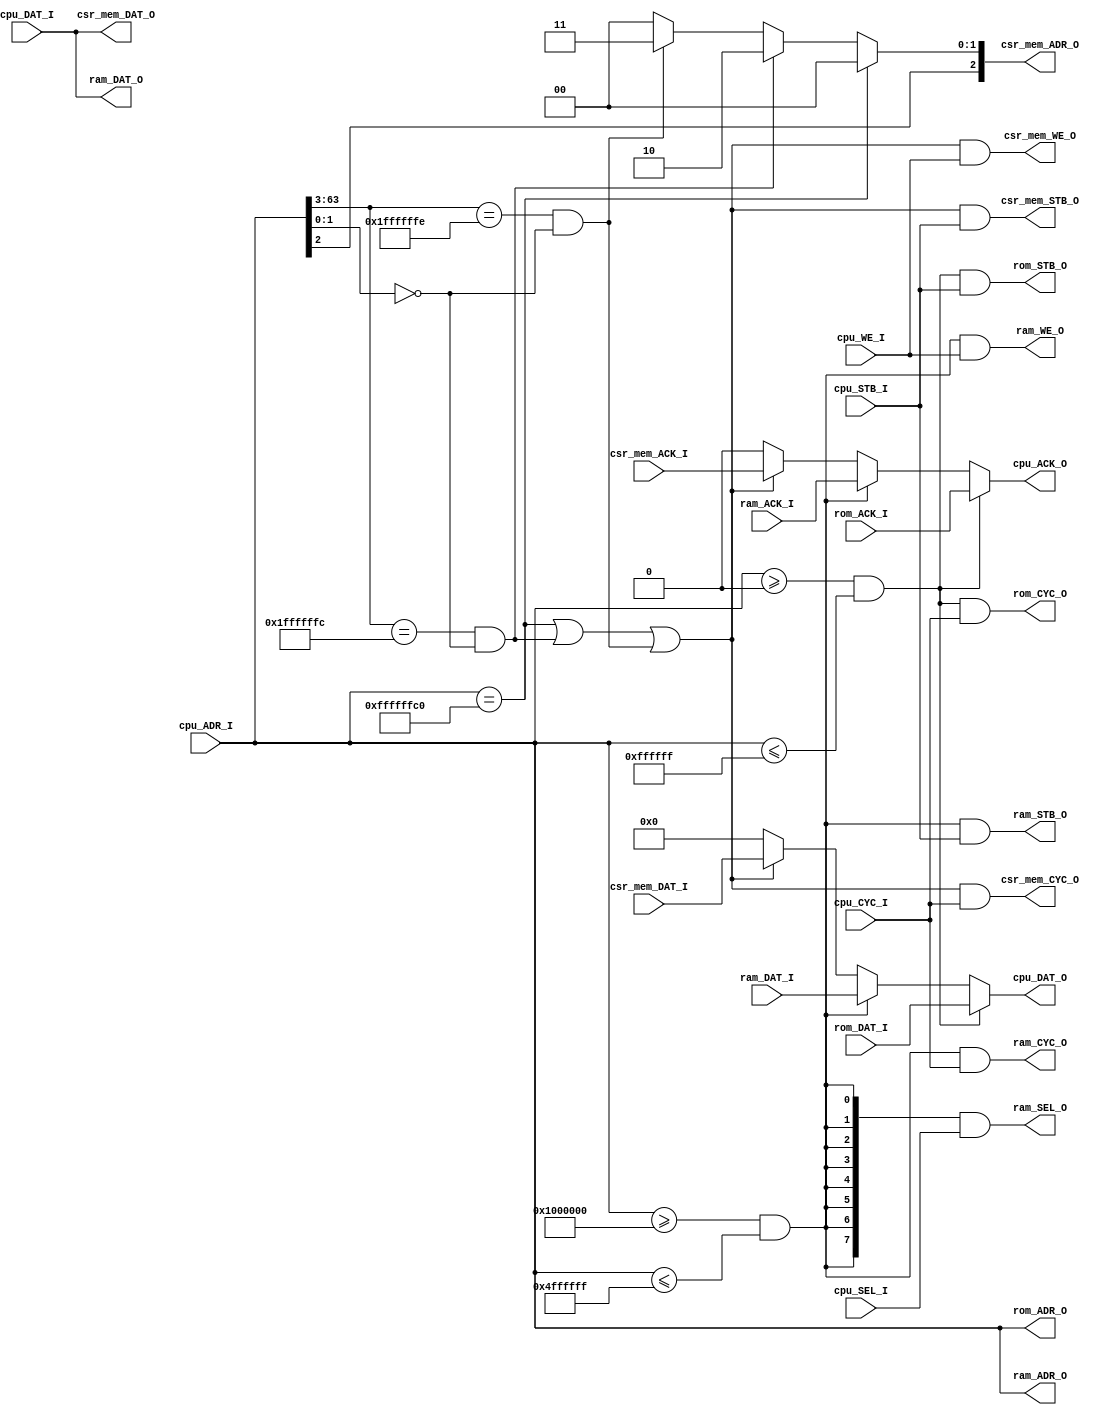
module memory_controller #(
    parameter integer BYTE_AMNT = 8,
    parameter [63:0] ROM_ADDR_INIT = 0,
    parameter [63:0] ROM_ADDR_END = 32'h00FFFFFF,
    parameter [63:0] RAM_ADDR_INIT = 32'h01000000,
    parameter [63:0] RAM_ADDR_END = 32'h04FFFFFF,
    parameter [63:0] UART_0_ADDR_INIT = 32'h10013000, // UART has fixed size
    parameter [63:0] MSIP_ADDR = 32'hFFFFFFC0,
    parameter [63:0] MTIME_ADDR = 32'hFFFFFFE0, // Alinhado em 8 bytes
    parameter [63:0] MTIMECMP_ADDR = 32'hFFFFFFF0  // Alinhado em 8 bytes
) (
    /* Interface com o cache de instruções */
    input  wire [8*BYTE_AMNT-1:0] rom_DAT_I,
    input  wire rom_ACK_I,
    output wire rom_CYC_O,
    output wire rom_STB_O,
    output wire [8*BYTE_AMNT-1:0] rom_ADR_O,
    /* //// */

    /* Interface com a memória RAM */
    input  wire [8*BYTE_AMNT-1:0] ram_DAT_I,
    input  wire ram_ACK_I,
    output wire [8*BYTE_AMNT-1:0] ram_ADR_O,
    output wire [8*BYTE_AMNT-1:0] ram_DAT_O,
    output wire ram_CYC_O,
    output wire ram_STB_O,
    output wire ram_WE_O,
    output wire [BYTE_AMNT-1:0] ram_SEL_O,
    /* //// */

    /* Registradores do CSR mapeados em memória */
    input  wire csr_mem_ACK_I,
    input  wire [8*BYTE_AMNT-1:0] csr_mem_DAT_I,
    output wire [8*BYTE_AMNT-1:0] csr_mem_DAT_O,
    output wire csr_mem_CYC_O,
    output wire csr_mem_STB_O,
    output wire csr_mem_WE_O,
    output wire [2:0] csr_mem_ADR_O,

    /* Interface com a UART */
`ifdef UART_0
    input  wire  [8*BYTE_AMNT-1:0] uart_0_DAT_I,
    input  wire  uart_0_ACK_I,
    output wire  uart_0_CYC_O,
    output wire  uart_0_STB_O,
    output wire  uart_0_WE_O,
    output wire  [4:0] uart_0_ADR_O,
    output wire  [8*BYTE_AMNT-1:0] uart_0_DAT_O,
`endif
    /* //// */

    /* Interface com o processador */
    input wire cpu_CYC_I,
    input wire cpu_STB_I,
    input wire cpu_WE_I,
    input wire [BYTE_AMNT-1:0] cpu_SEL_I,
    input wire [8*BYTE_AMNT-1:0] cpu_DAT_I,
    input wire [8*BYTE_AMNT-1:0] cpu_ADR_I,

    output wire [8*BYTE_AMNT-1:0] cpu_DAT_O,
    output wire cpu_ACK_O
    /* //// */
);

  /* Sinais de controle */
  /* Chip Select */
  wire rom_cs = (cpu_ADR_I >= ROM_ADDR_INIT && cpu_ADR_I <= ROM_ADDR_END); // Normally 16 MiB
  wire ram_cs = (cpu_ADR_I >= RAM_ADDR_INIT && cpu_ADR_I <= RAM_ADDR_END); // Normally 64 MiB
`ifdef UART_0  // Always 24
  wire uart_0_cs = (cpu_ADR_I >= UART_0_ADDR_INIT && cpu_ADR_I <= (UART_0_ADDR_INIT + 24));
`endif
  wire msip_cs = (cpu_ADR_I == MSIP_ADDR);
  wire mtime_cs, mtimecmp_cs;
  `ifdef RV64I
    assign mtime_cs = cpu_ADR_I == MTIME_ADDR;
    assign mtimecmp_cs = cpu_ADR_I == MTIMECMP_ADDR;
  `else
    assign mtime_cs = (cpu_ADR_I[8*BYTE_AMNT-1:3] == MTIME_ADDR/8) &&
            (cpu_ADR_I[1:0] == MTIME_ADDR%4);
    assign mtimecmp_cs = cpu_ADR_I[8*BYTE_AMNT-1:3] == MTIMECMP_ADDR/8 &&
            (cpu_ADR_I[1:0] == MTIMECMP_ADDR%4);
  `endif
  wire csr_mem_cs = msip_cs | mtime_cs | mtimecmp_cs;

  /* CPU ACK */
  // Trocar por OR invés de mux?
  assign cpu_ACK_O =
    rom_cs ? rom_ACK_I
    : ram_cs ? ram_ACK_I
    `ifdef UART_0
        : uart_0_cs ? uart_0_ACK_I
    `endif
    : csr_mem_cs ? csr_mem_ACK_I
    : 1'b0;

  /* CYC */
  assign rom_CYC_O = rom_cs & cpu_CYC_I;
  assign ram_CYC_O = ram_cs & cpu_CYC_I;
  assign csr_mem_CYC_O = csr_mem_cs & cpu_CYC_I;
`ifdef UART_0
  assign uart_0_CYC_O = uart_0_cs & cpu_CYC_I;
`endif

  /* STB */
  assign rom_STB_O = rom_cs & cpu_STB_I;
  assign ram_STB_O = ram_cs & cpu_STB_I;
  assign csr_mem_STB_O = csr_mem_cs & cpu_STB_I;
`ifdef UART_0
  assign uart_0_STB_O = uart_0_cs & cpu_STB_I;
`endif

  /* WE */
  assign ram_WE_O = ram_cs & cpu_WE_I;
  assign csr_mem_WE_O = csr_mem_cs & cpu_WE_I;
`ifdef UART_0
  assign uart_0_WE_O = uart_0_cs & cpu_WE_I;
`endif

  /* SEL */
  assign ram_SEL_O = {BYTE_AMNT{ram_cs}} & cpu_SEL_I;

  /* //// */

  /* Endereçamento */
  /* ADR */
  assign rom_ADR_O = cpu_ADR_I;
  assign ram_ADR_O = cpu_ADR_I;
`ifdef UART_0
  assign uart_0_ADR_O = cpu_ADR_I[4:0];
`endif
  assign csr_mem_ADR_O[1:0] = msip_cs ? 2'b00 :
                            (mtime_cs ? 2'b10 :
                            (mtimecmp_cs ? 2'b11 : 2'b00));
  assign csr_mem_ADR_O[2] = cpu_ADR_I[2];
  /* //// */

  /* Dados */
  /* DAT_O */
  assign cpu_DAT_O =
    rom_cs ? rom_DAT_I
    : ram_cs ? ram_DAT_I
    `ifdef UART_0
       : uart_0_cs ? uart_0_DAT_I
    `endif
    : csr_mem_cs ? csr_mem_DAT_I
    : 0;

  /* DAT_I */
  assign ram_DAT_O = cpu_DAT_I;

`ifdef UART_0
  assign uart_0_DAT_O = cpu_DAT_I;
`endif

  assign csr_mem_DAT_O = cpu_DAT_I;
  /* //// */

endmodule